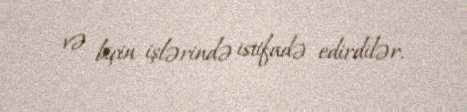
və biçin işlərində istifadə edirdilər.